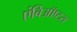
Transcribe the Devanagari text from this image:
एंबिऑप्टरा